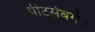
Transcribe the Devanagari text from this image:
पीटर्सबर्ग।